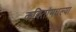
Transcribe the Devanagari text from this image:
कवितांमधल्या